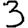
Digit: 3